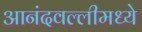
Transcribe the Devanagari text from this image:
आनंदवल्लीमध्ये